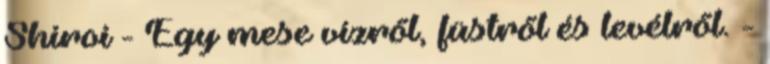
Shiroi - Egy mese vízről, füstről és levélről. -